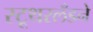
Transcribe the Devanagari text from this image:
स्टूथरलँडने